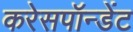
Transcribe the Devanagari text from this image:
करेसपॉन्डेंट